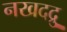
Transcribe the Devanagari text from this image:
नखदद्रु